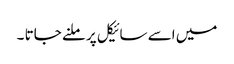
میں اسے سائیکل پر ملنے جاتا ۔